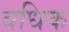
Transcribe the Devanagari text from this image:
वधिक